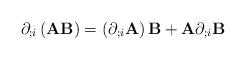
LaTeX: \begin{align*}\partial_{;i}\left(\mathbf{A}\mathbf{B}\right)=\left(\partial_{;i}\mathbf{A}\right)\mathbf{B}+\mathbf{A}\partial_{;i}\mathbf{B}\end{align*}